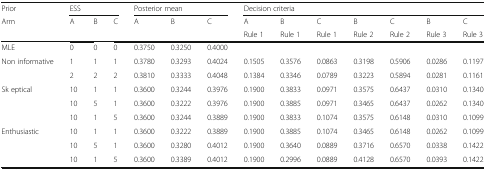
<table><thead><tr><td><b>Prior</b></td><td colspan="3"><b>ESS</b></td><td colspan="3"><b>Posterior mean</b></td><td colspan="7"><b>Decision criteria</b></td></tr><tr><td><b>Arm</b></td><td><b>A</b></td><td><b>B</b></td><td><b>C</b></td><td><b>A</b></td><td><b>B</b></td><td><b>C</b></td><td><b>A</b></td><td><b>B</b></td><td><b>C</b></td><td><b>B</b></td><td><b>C</b></td><td><b>B</b></td><td><b>C</b></td></tr><tr><td></td><td></td><td></td><td></td><td></td><td></td><td></td><td><b>Rule 1</b></td><td><b>Rule 1</b></td><td><b>Rule 1</b></td><td><b>Rule 2</b></td><td><b>Rule 2</b></td><td><b>Rule 3</b></td><td><b>Rule 3</b></td></tr></thead><tbody><tr><td>MLE</td><td>0</td><td>0</td><td>0</td><td>0.3750</td><td>0.3250</td><td>0.4000</td><td></td><td></td><td></td><td></td><td></td><td></td><td></td></tr><tr><td rowspan="2">Non informative</td><td>1</td><td>1</td><td>1</td><td>0.3780</td><td>0.3293</td><td>0.4024</td><td>0.1505</td><td>0.3576</td><td>0.0863</td><td>0.3198</td><td>0.5906</td><td>0.0286</td><td>0.1197</td></tr><tr><td>2</td><td>2</td><td>2</td><td>0.3810</td><td>0.3333</td><td>0.4048</td><td>0.1384</td><td>0.3346</td><td>0.0789</td><td>0.3223</td><td>0.5894</td><td>0.0281</td><td>0.1161</td></tr><tr><td rowspan="3">Sk eptical</td><td>10</td><td>1</td><td>1</td><td>0.3600</td><td>0.3244</td><td>0.3976</td><td>0.1900</td><td>0.3833</td><td>0.0971</td><td>0.3575</td><td>0.6437</td><td>0.0310</td><td>0.1340</td></tr><tr><td>10</td><td>5</td><td>1</td><td>0.3600</td><td>0.3222</td><td>0.3976</td><td>0.1900</td><td>0.3885</td><td>0.0971</td><td>0.3465</td><td>0.6437</td><td>0.0262</td><td>0.1340</td></tr><tr><td>10</td><td>1</td><td>5</td><td>0.3600</td><td>0.3244</td><td>0.3889</td><td>0.1900</td><td>0.3833</td><td>0.1074</td><td>0.3575</td><td>0.6148</td><td>0.0310</td><td>0.1099</td></tr><tr><td rowspan="3">Enthusiastic</td><td>10</td><td>1</td><td>1</td><td>0.3600</td><td>0.3222</td><td>0.3889</td><td>0.1900</td><td>0.3885</td><td>0.1074</td><td>0.3465</td><td>0.6148</td><td>0.0262</td><td>0.1099</td></tr><tr><td>10</td><td>5</td><td>1</td><td>0.3600</td><td>0.3280</td><td>0.4012</td><td>0.1900</td><td>0.3640</td><td>0.0889</td><td>0.3716</td><td>0.6570</td><td>0.0338</td><td>0.1422</td></tr><tr><td>10</td><td>1</td><td>5</td><td>0.3600</td><td>0.3389</td><td>0.4012</td><td>0.1900</td><td>0.2996</td><td>0.0889</td><td>0.4128</td><td>0.6570</td><td>0.0393</td><td>0.1422</td></tr></tbody></table>